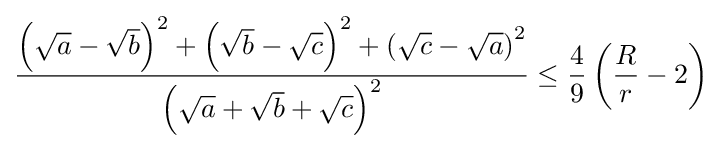
{\frac {\left({\sqrt {a}}-{\sqrt {b}}\right)^{2}+\left({\sqrt {b}}-{\sqrt {c}}\right)^{2}+\left({\sqrt {c}}-{\sqrt {a}}\right)^{2}}{\left({\sqrt {a}}+{\sqrt {b}}+{\sqrt {c}}\right)^{2}}}\leq {\frac {4}{9}}\left({\frac {R}{r}}-2\right)